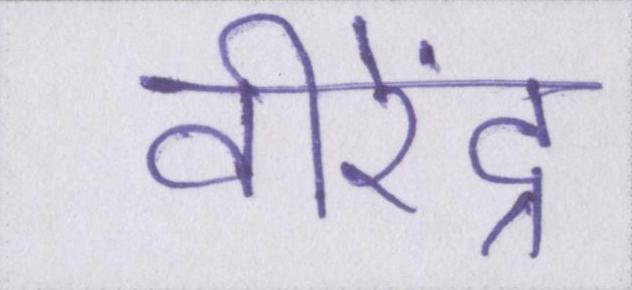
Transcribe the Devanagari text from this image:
वीरेंद्र